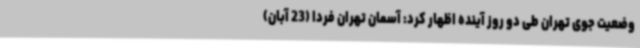
وضعیت جوی تهران طی دو روز آینده اظهار کرد: آسمان تهران فردا (23 آبان)